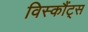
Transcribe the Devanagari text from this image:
विस्कौंट्स